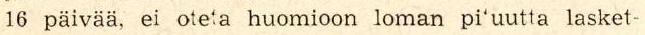
16 päivää, ei oteta huomioon loman pi'uutta lasket-